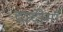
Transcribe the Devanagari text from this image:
दादीमाँ